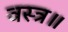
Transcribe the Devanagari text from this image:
वस्त्र॥